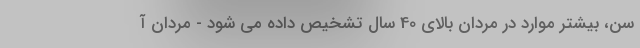
سن، بیشتر موارد در مردان بالای 40 سال تشخیص داده می شود - مردان آ